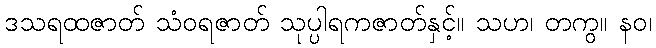
ဒသရထဇာတ် သံဝရဇာတ် သုပ္ပါရကဇာတ်နှင့်။ သဟ၊ တကွ။ နဝ၊